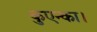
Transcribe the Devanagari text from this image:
कुएन्का।